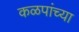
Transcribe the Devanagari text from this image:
कळपांच्या